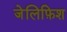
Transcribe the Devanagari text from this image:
जेलिफ़िश